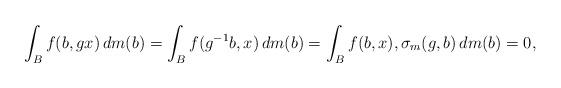
LaTeX: \begin{align*}\int_B f(b,gx) \, dm(b) = \int_B f(g^{-1}b,x) \, dm(b) = \int_B f(b,x) , \sigma_m(g,b) \, dm(b) = 0,\end{align*}